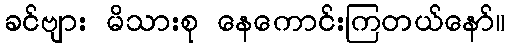
ခင်ဗျား မိသားစု နေကောင်းကြတယ်နော်။